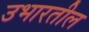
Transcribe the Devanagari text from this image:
उभारतील